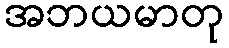
အဘယမာတု